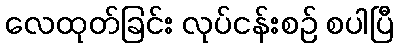
လေထုတ်ခြင်း လုပ်ငန်းစဉ် စပါပြီ